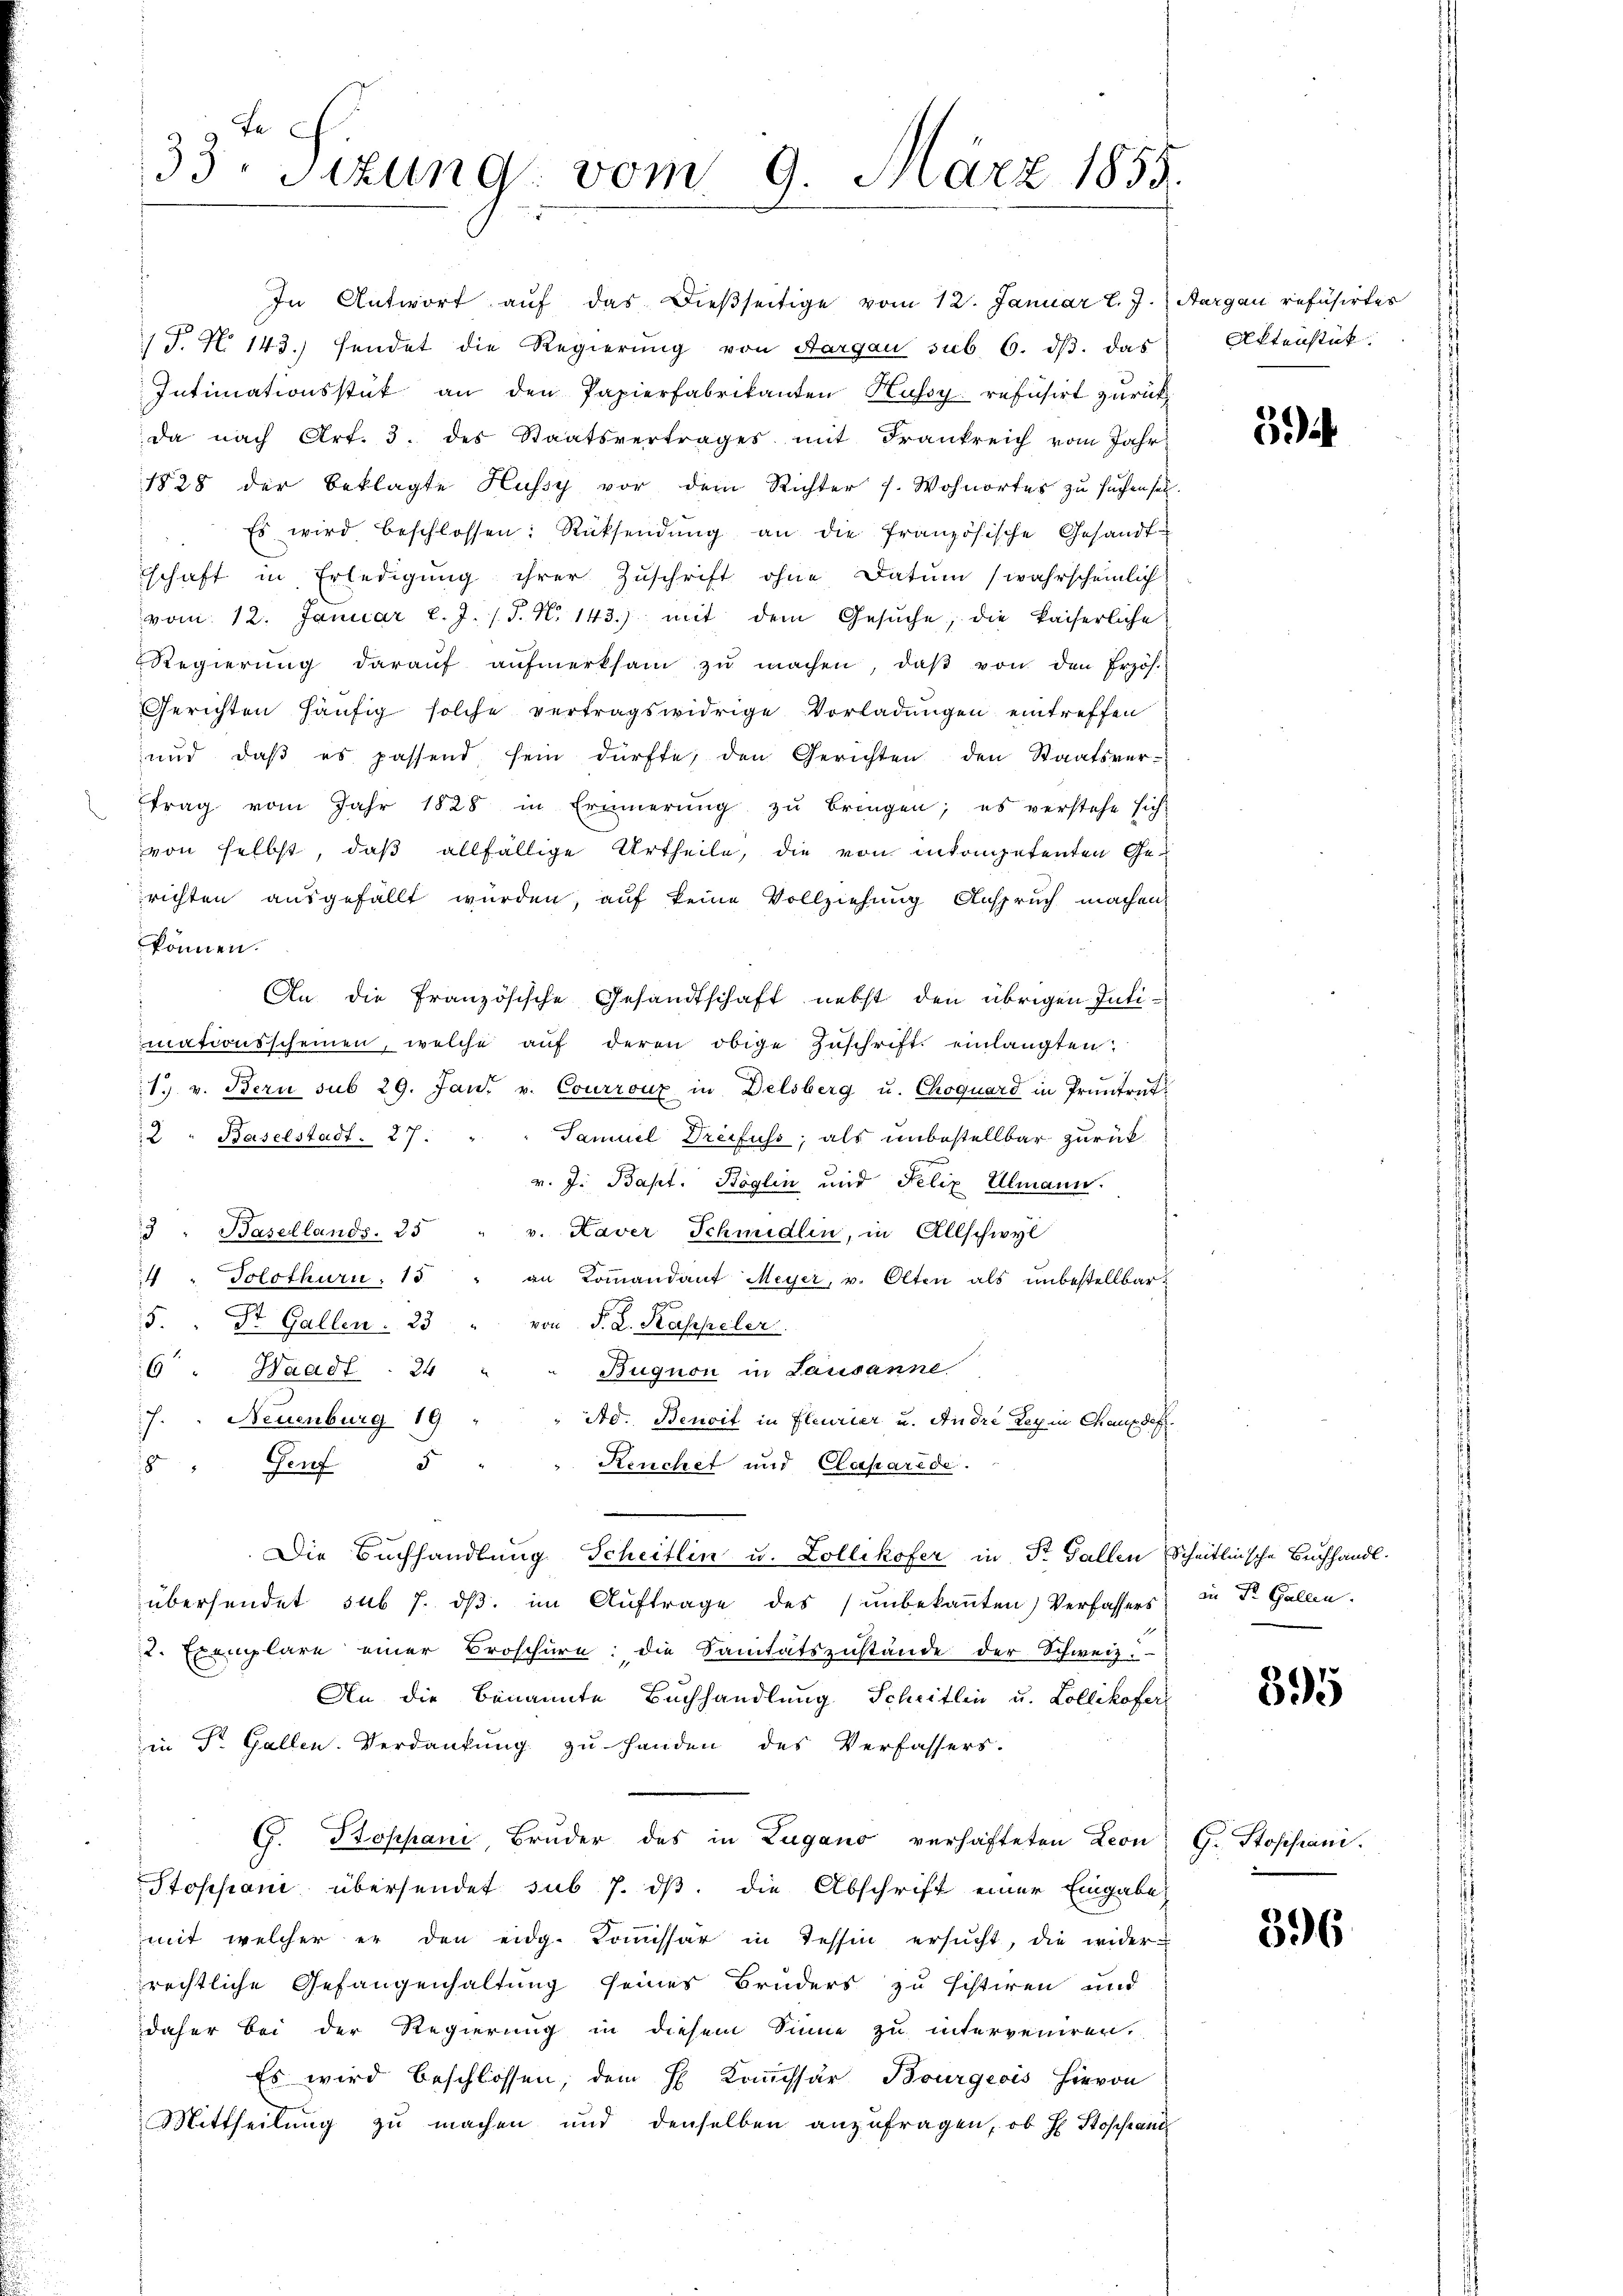
Fe
33. Sitzung vom 9. März 1855

In Antwort aŭf das dießseitige vom 12. Januar l. J. Aargau refüsirtes
/J. No 143. sendet die Regierung von Aargau sub 6. ds. das
Intimationsstück an den Papierfabrikanten Kussy refusirt zurück
da nach Art. 3. des Staatsvertrages mit Frankreich vom Jahr-
1828 der Beklagte Hussy vor dem Richter s. Wohnortes zu suchen sei.
Es wird beschlossen: Rücksendŭng an die französische Gesandt-
schaft in Erledigŭng ihrer Zŭschrift ohne Datum (wahrscheinlich
vom 12. Januar l. J. (T. N. 143.) mit dem Gesŭche; die kaiserliche
Regierŭng daraŭf aŭfmerksam zŭ machen, daβ von den Erzöh-
Gerichten häufig solche vertragswidrige Vorladungen eintreffen
und daβ es passend sein dürfte, den Gerichten den Staatsver-
trag vom Jahr 1828 in Erinnerung zŭ bringen; es verstehe sich
von selbst, daß allfällige Urtheile, die von inkompetenten Gerichten ausgefällt wurden, auf keine Vollziehung Anspruch machen
können.
An die französische Gesandtschaft nebst den übrigen Intimationsscheinen, welche aŭf deren obige Zŭschrift einlangten:
17. v. Bern sub 29. Jan. v. Courrouz in Delsberg u. Choquard in Pruntrut¬
2 " Baselstadt. 27.
Tamuel Dreifuss, als unbestellbar zurückv. J. Bapt. Böglin und Felix Ulmann.
3 " Basellands. 25
v. Kaver Schmidlin, in Allschwyl
4 " Solothurn, 15 " an Kommandant Meyer, v. Olten als unbestellbar
5. St. Gallen. 23 " von F. L. Kaspeler
Buquon in Lausanne
6 " Haadl. 24 "
. Neuenburg 19
Ad. Benoit in Fleurier u. Andre Ley in Chaupdef.
Reuchet und Casparidi.
8" Genf 5
Die Buchhandlung Scheitlin u. Zollikofer in St. Gallen Scheitlinsche Buchhandl.
übersendet sub 7. dβ im Auftrage des unbekannten) Verfassers
2. Exemplare einer Broschüre die Sanitätszustände der Schweiz.
An die benannte Buchhandlung Schritten u. Collikofer
in Dr. Gallen. Verdankung zu Handen des Verfassers.
G. Stoppani Bruder des in Zugano verhafteten Leon
Ptoppani übersendet sub 7. ds. die Abschrift einer Eingabe,
mit welcher er den eidg. Comissär in Tessin ersŭcht, die wider-
rechtliche Gefangenhaltung seines Bruders zu sistiren und
daher bei der Regierung in diesem Sinne zu interveniren.
Es wird beschlossen, dem H. Kommissär Bourgeois hievon
Mittheilung zu machen und denselben anzufragen, ob H Stopfand

Aktenstück.

5

in Dr. Gallen.

395

G. Stossiani.

396